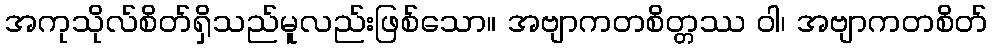
အကုသိုလ်စိတ်ရှိသည်မူလည်းဖြစ်သော။ အဗျာကတစိတ္တဿ ဝါ၊ အဗျာကတစိတ်